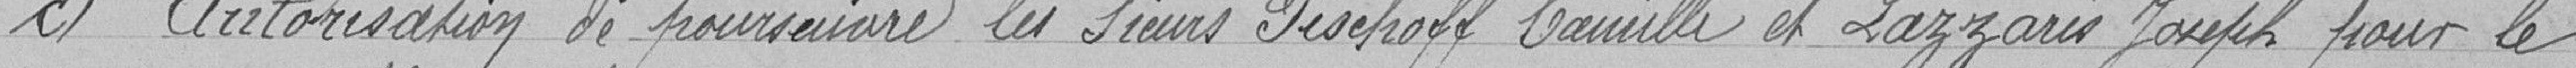
c) Autorisation de poursuivre les Sieurs PISCHOFF Camille et LAZZARIS Joseph pour le